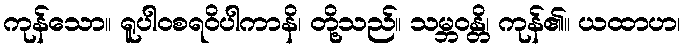
ကုန်သော။ ရူပါဝစရဝိပါကာနိ၊ တို့သည်။ သမ္ဘဝန္တိ၊ ကုန်၏။ ယထာဟ၊